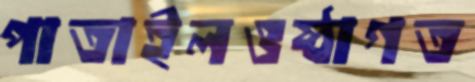
পাতাইলওষ্ঠাগত